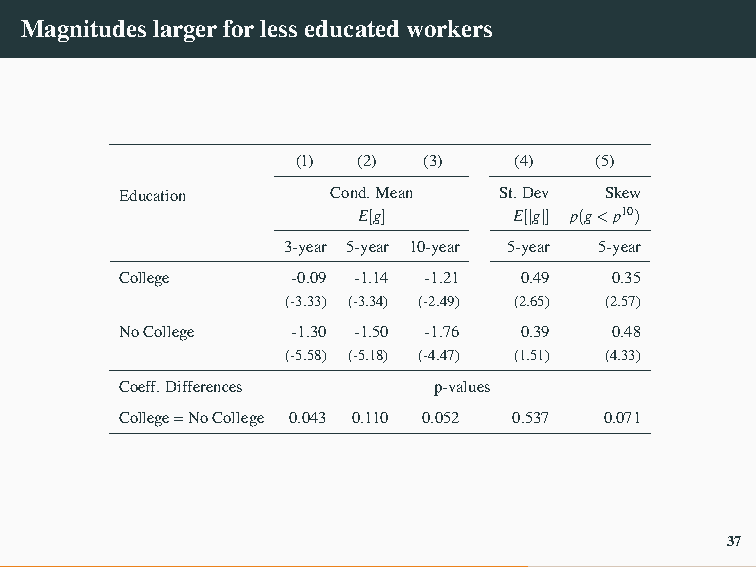
Magnitudeslargerforlesseducatedworkers
 (1) (2) (3)   (4)  (5)
 Education     Cond.Mean  St.Dev Skew
 E[g]      E[|g|] p(g<p10)
 3-year 5-year 10-year 5-year 5-year
 College    -0.09 -1.14 -1.21 0.49 0.35
 (-3.33) (-3.34) (-2.49) (2.65) (2.57)
 NoCollege  -1.30 -1.50 -1.76 0.39 0.48
 (-5.58) (-5.18) (-4.47) (1.51) (4.33)
 Coeff.Differences    p-values
 College=NoCollege 0.043 0.110 0.052 0.537 0.071
 37